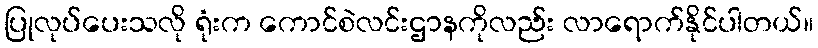
ပြုလုပ်ပေးသလို ရုံးက ကောင်စဲလင်းဌာနကိုလည်း လာရောက်နိုင်ပါတယ်။